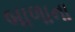
બાળાના